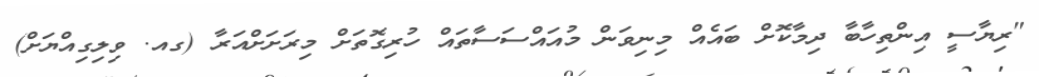
"ރިޔާސީ އިންތިހާބާ ދިމާކޮށް ބައެއް މިނިވަން މުއައްސަސާތައް ހުރިގޮތަށް މިރަށަށްއަރާ (ގއ. ވިލިގިއްޔަށް)